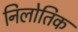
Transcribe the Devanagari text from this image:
निलोतिक